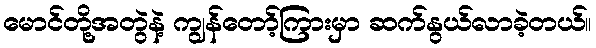
မောင်တို့အတွဲနဲ့ ကျွန်တော့်ကြားမှာ ဆက်နွယ်လာခဲ့တယ်။